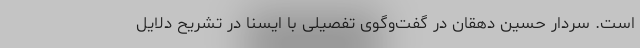
است. سردار حسین دهقان در گفت‌وگوی تفصیلی با ایسنا در تشریح دلایل